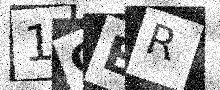
Text: 1OER